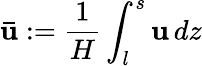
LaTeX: \displaystyle\mathbf{\bar{u}}:=\frac{1}{H}\int_{l}^{s}\mathbf{u}\, dz